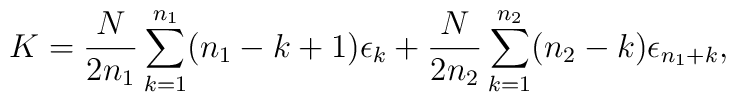
K={N\over 2n_1}\sum_{k=1}^{n_1} (n_1-k+1) \epsilon_k+{N\over 2n_2}\sum_{k=1}^{n_2} (n_2-k) \epsilon_{n_1+k},